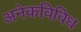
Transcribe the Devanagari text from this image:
अनेकविविध